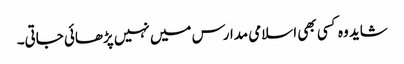
شاید وہ کسی بھی اسلامی مدارس میں نہیں پڑھائی جاتی۔